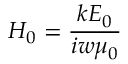
H _ { 0 } = \frac { k E _ { 0 } } { i w \mu _ { 0 } }